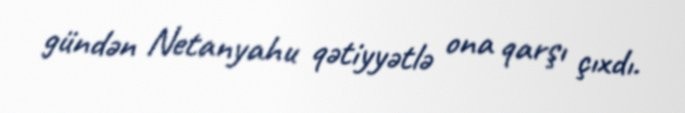
gündən Netanyahu qətiyyətlə ona qarşı çıxdı.